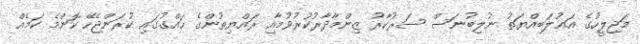
މަޖިލީހުގެ އަޣުލަބިއްޔަތު ނުލިބުނަސް ސަރުކާރު ޒިންމާދާރުކުރުވުމާއި ރައްޔިތުންގެ ހައްގުގައި ކުރަންޖެހޭ ކޮންމެ ކަމެއް